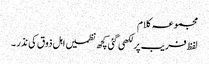
مجموعہ کلام
لفظ فریب پر لکھی گئی کچھ نظمیں اہل ذوق کی نذر ۔